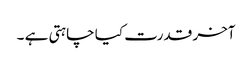
آخر قدرت کیا چاہتی ہے ۔